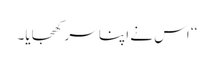
‘‘ اس نے اپنا سر کھجایا۔